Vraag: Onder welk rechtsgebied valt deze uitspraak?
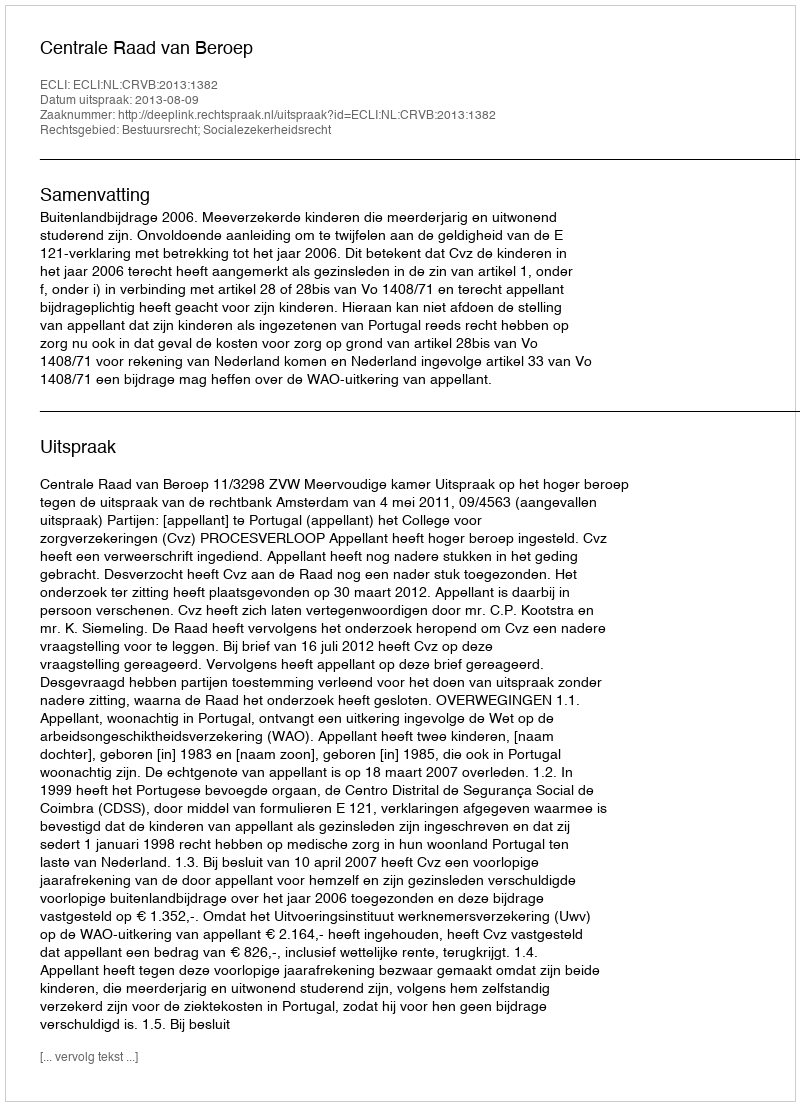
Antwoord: Bestuursrecht; Socialezekerheidsrecht